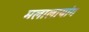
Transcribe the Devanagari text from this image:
मलालायांग